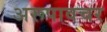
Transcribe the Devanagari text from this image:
अरूपावचर